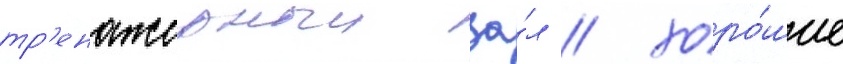
тр'енажерныи за́л / хоро́шие